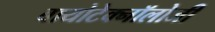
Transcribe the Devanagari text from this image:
बायोटेक्नॉलोजी